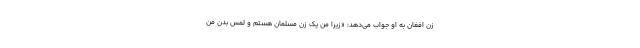
زن افغان به او جواب می‌دهد: «زیرا من یک زن مسلمان هستم و لمس بدن من